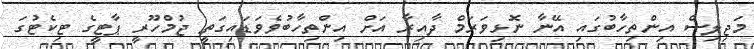
މަޖިލިސް އިންތިހާބުގައި އޭނާ ނޮޅިވަރަމް ދާއިރާ އަށް އިންތިހާބުވެވަޑައިގަތީ ޖުމްހޫރީ ޕާޓީގެ ޓިކެޓުގަ